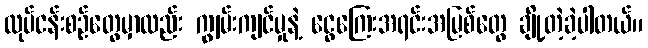
လုပ်ငန်းစဉ်တွေမှာလည်း ကျွမ်းကျင်မှုနဲ့ ငွေကြေးအရင်းအမြစ်တွေ ချို့တဲ့ခဲ့ပါတယ်။